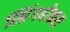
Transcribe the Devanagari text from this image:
स्प्रिंगबोकस